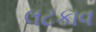
લટકાવ